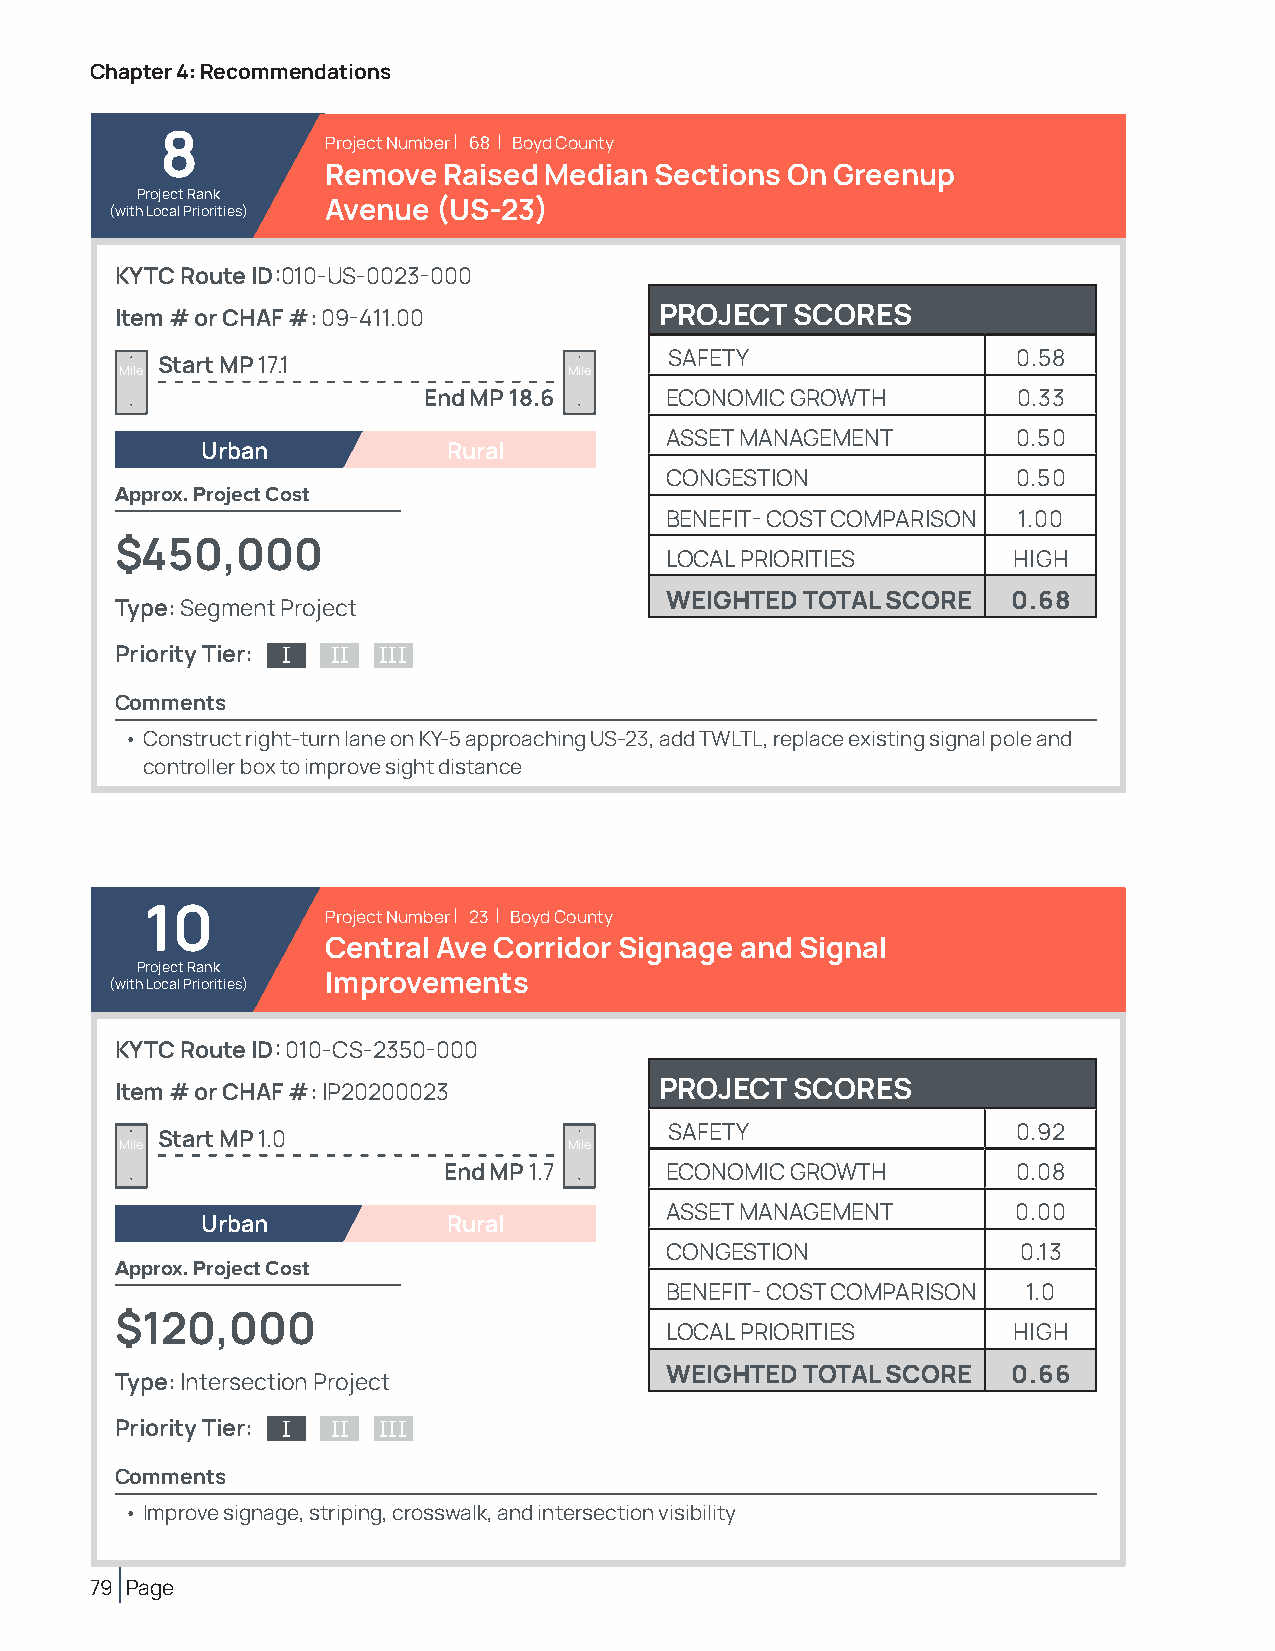
Chapter 4: Recommendations
 8          Project Number | 68 | Boyd County
 Remove Raised Median Sections On Greenup
 Project Rank
 (with Local Priorities) Avenue (US-23)
 KYTC Route ID:010-US-0023-000
 Item # or CHAF #: 09-411.00         PROJECT  SCORES
 SAFETY                 0.58
 Start MP 17.1
 Mile                          Mile
 End MP 18.6     ECONOMIC GROWTH        0.33
 ASSET MANAGEMENT       0.50
 Urban            Rural
 CONGESTION             0.50
 Approx. Project Cost
 BENEFIT- COST COMPARISON 1.00
 $450,000
 LOCAL PRIORITIES       HIGH
 WEIGHTED TOTAL SCORE   0.68
 Type: Segment Project
 Priority Tier: I II III
 Comments
 • Construct right-turn lane on KY-5 approaching US-23, add TWLTL, replace existing signal pole and
 controller box to improve sight distance
 10          Project Number | 23 | Boyd County
 Central Ave Corridor Signage and Signal
 Project Rank
 (with Local Priorities) Improvements
 KYTC Route ID: 010-CS-2350-000
 Item # or CHAF #: IP20200023        PROJECT  SCORES
 SAFETY                 0.92
 Start MP 1.0
 Mile                          Mile
 End MP 1.7     ECONOMIC GROWTH        0.08
 ASSET MANAGEMENT       0.00
 Urban            Rural
 CONGESTION              0.13
 Approx. Project Cost
 BENEFIT- COST COMPARISON 1.0
 $120,000
 LOCAL PRIORITIES       HIGH
 WEIGHTED TOTAL SCORE   0.66
 Type: Intersection Project
 Priority Tier: I II III
 Comments
 • Improve signage, striping, crosswalk, and intersection visibility
 79 Page